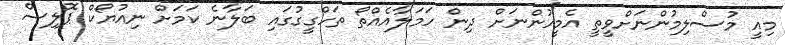
މިއީ މުސްލިމުންނަށްވީތީ އެމީހުންނަށް ދިން ހަމަލާއެއްތޯ ތަހްގީގުގައި ބަލާނެ ކަމަށް ނިއުޔޯކް ޕޮލިސް